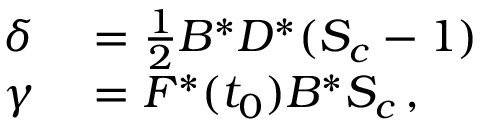
\begin{array} { r l } { \delta } & { { } = \frac { 1 } { 2 } B ^ { * } D ^ { * } ( S _ { c } - 1 ) } \\ { \gamma } & { { } = \leavevmode { F ^ { * } ( t _ { 0 } ) B ^ { * } S _ { c } } \, , } \end{array}